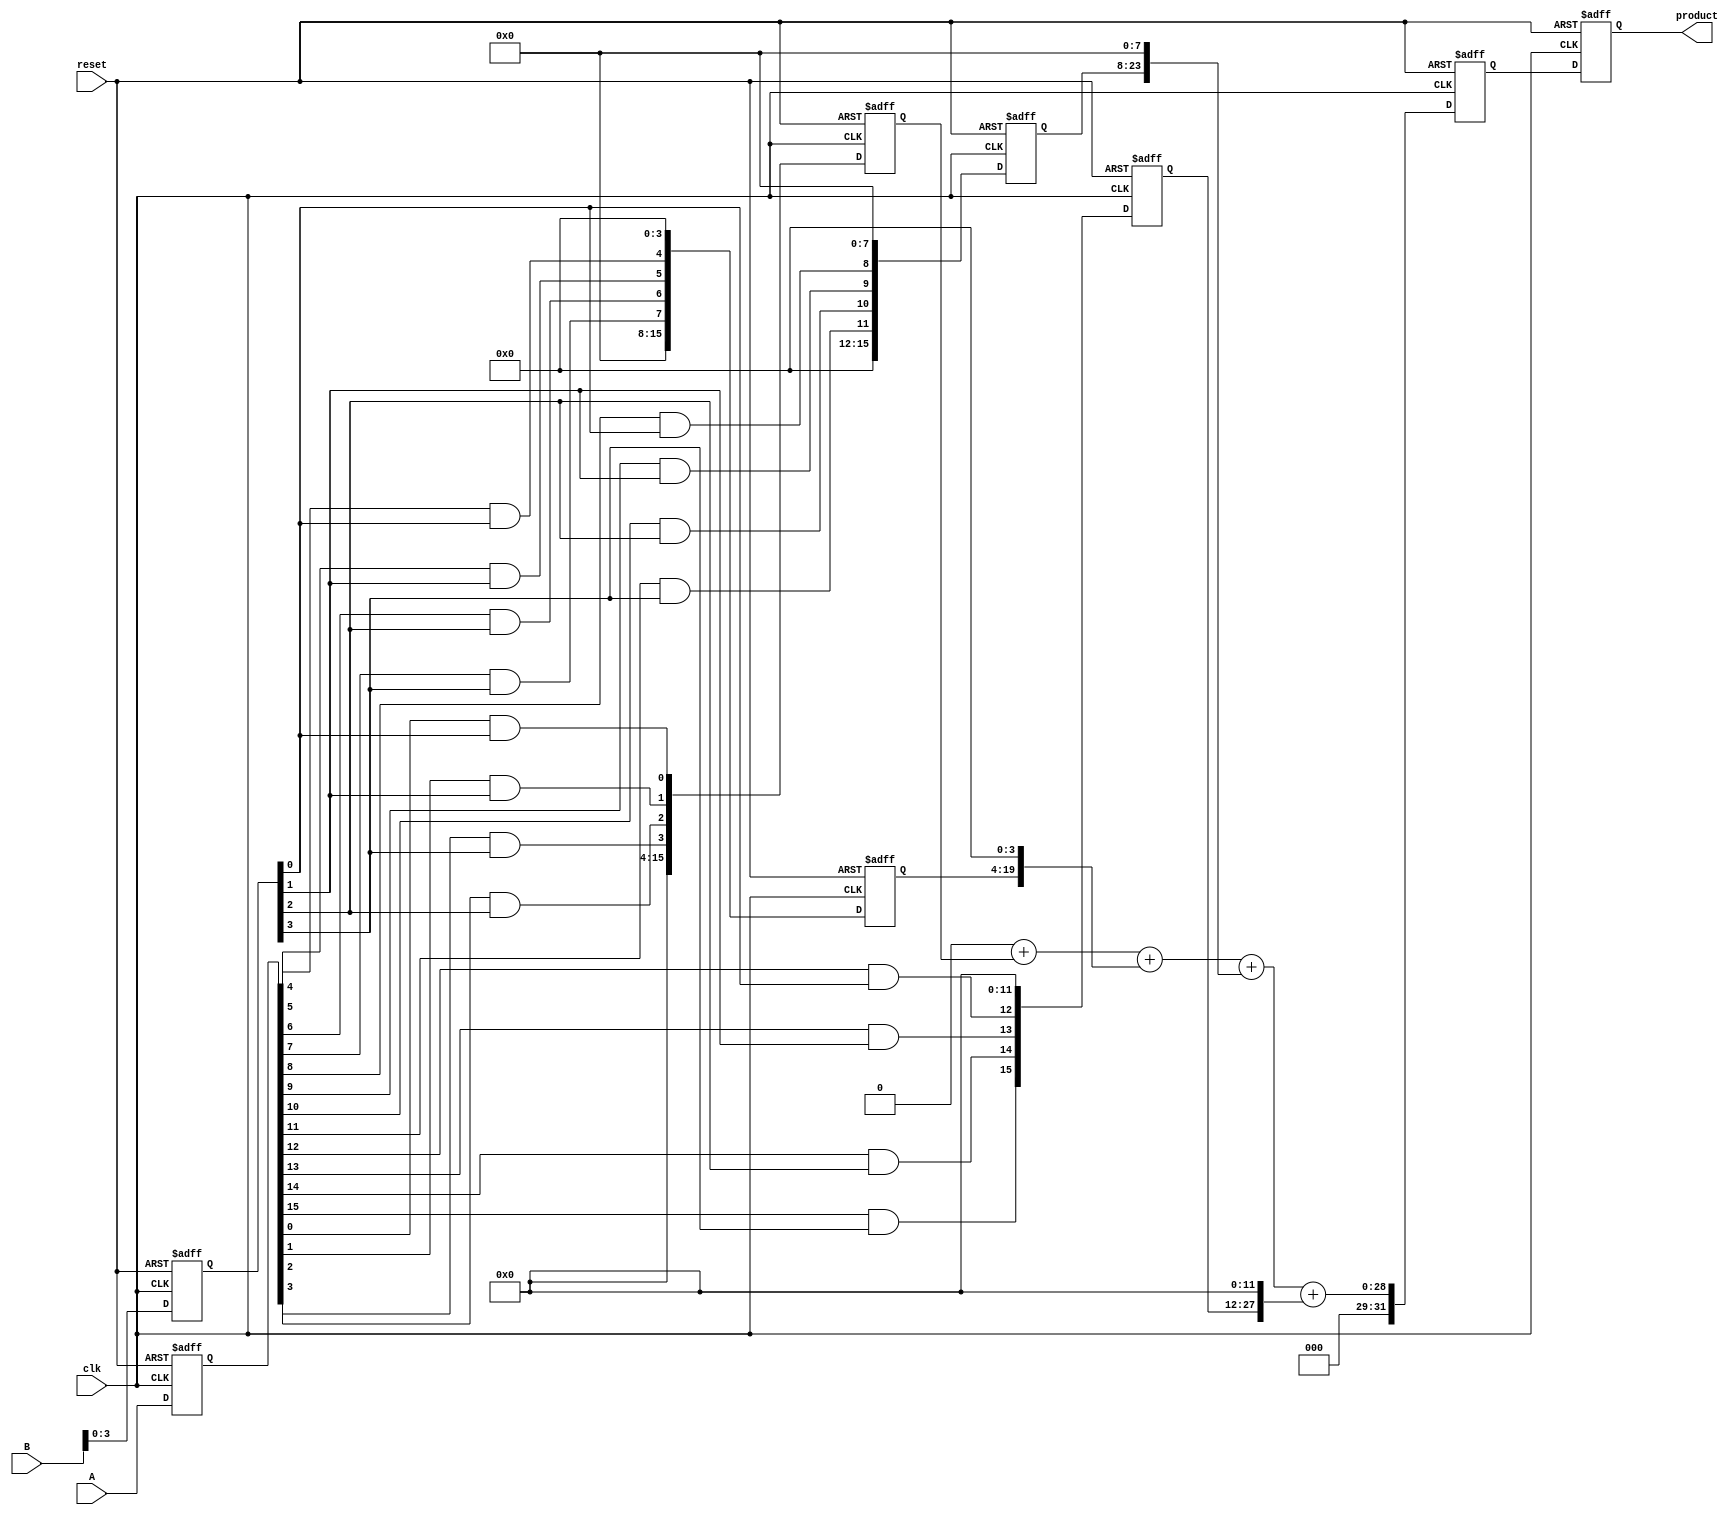
module pipelined_sliced_multiplier #(
    parameter WIDTH = 16,  // Width of operands
    parameter SLICE = 4    // Width of each slice
)(
    input wire clk,
    input wire reset,
    input wire [WIDTH-1:0] A,
    input wire [WIDTH-1:0] B,
    output reg [2*WIDTH-1:0] product
);

    // Internal signals
    reg [WIDTH-1:0] A_reg, B_reg; // Input registers
    reg [WIDTH-1:0] partial_products [0:(WIDTH/SLICE)-1]; // Partial product storage
    reg [2*WIDTH-1:0] sum; // Sum of partial products
    reg [2*WIDTH-1:0] final_sum; // Final result after addition
    integer i, j;

    // Pipeline stages
    always @(posedge clk or posedge reset) begin
        if (reset) begin
            A_reg <= 0;
            B_reg <= 0;
            product <= 0;
            final_sum <= 0;
            for (i = 0; i < (WIDTH/SLICE); i = i + 1) begin
                partial_products[i] <= 0;
            end
        end else begin
            // Stage 1: Latch inputs
            A_reg <= A;
            B_reg <= B;

            // Stage 2: Generate partial products
            for (i = 0; i < (WIDTH / SLICE); i = i + 1) begin
                partial_products[i] <= 0; // Clear previous values
                for (j = 0; j < SLICE; j = j + 1) begin
                    partial_products[i][(i*SLICE)+j] <= (A_reg[(i*SLICE)+j] & B_reg[j]);
                end
            end

            // Stage 3: Sum partial products
            sum = 0;
            for (i = 0; i < (WIDTH / SLICE); i = i + 1) begin
                sum = sum + (partial_products[i] << (i * SLICE)); // Shift and sum
            end

            // Stage 4: Store the final product
            final_sum <= sum;
            product <= final_sum; // Register output
        end
    end
endmodule